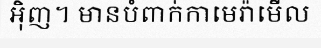
អ៊ិញ។ មានបំពាក់កាមេរ៉ាមើល